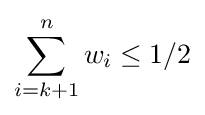
\sum _{i=k+1}^{n}w_{i}\leq 1/2